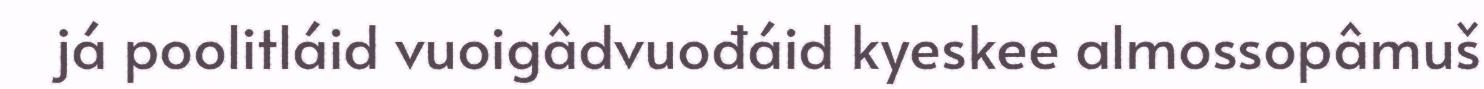
já poolitláid vuoigâdvuođáid kyeskee almossopâmuš